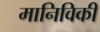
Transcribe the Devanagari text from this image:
मानिविकी